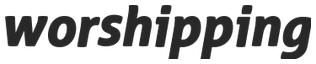
worshipping